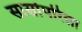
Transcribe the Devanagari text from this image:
सार्सापरिला